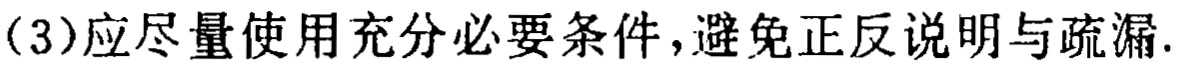
（3）应尽量使用充分必要条件，避免正反说明与疏漏.